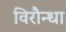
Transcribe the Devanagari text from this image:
विरौन्धा